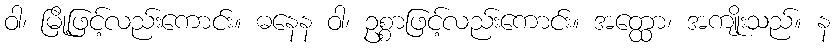
ဝါ၊ မြို့ဖြင့်လည်းကောင်း။ ဓနေန ဝါ၊ ဥစ္စာဖြင့်လည်းကောင်း။ အတ္ထော၊ အကျိုးသည်။ န